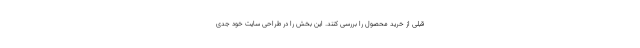
قبلی از خرید محصول را بررسی کنند. این بخش را در طراحی سایت خود جدی